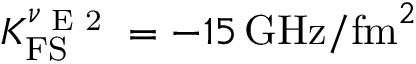
K _ { \mathrm { F S } } ^ { \nu _ { \textrm { E 2 } } } = - 1 5 \, \mathrm { G H z } / \mathrm { f m } ^ { 2 }